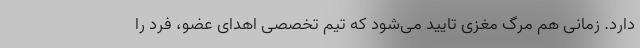
دارد. زمانی هم مرگ مغزی تایید می‌شود که تیم تخصصی اهدای عضو، فرد را